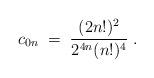
LaTeX: \begin{align*}c_{0n}\;=\; { (2n!)^2\over 2^{4n}(n!)^4}\;.\end{align*}